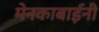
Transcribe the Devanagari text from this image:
मेनकाबाईंनी